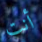
أنت